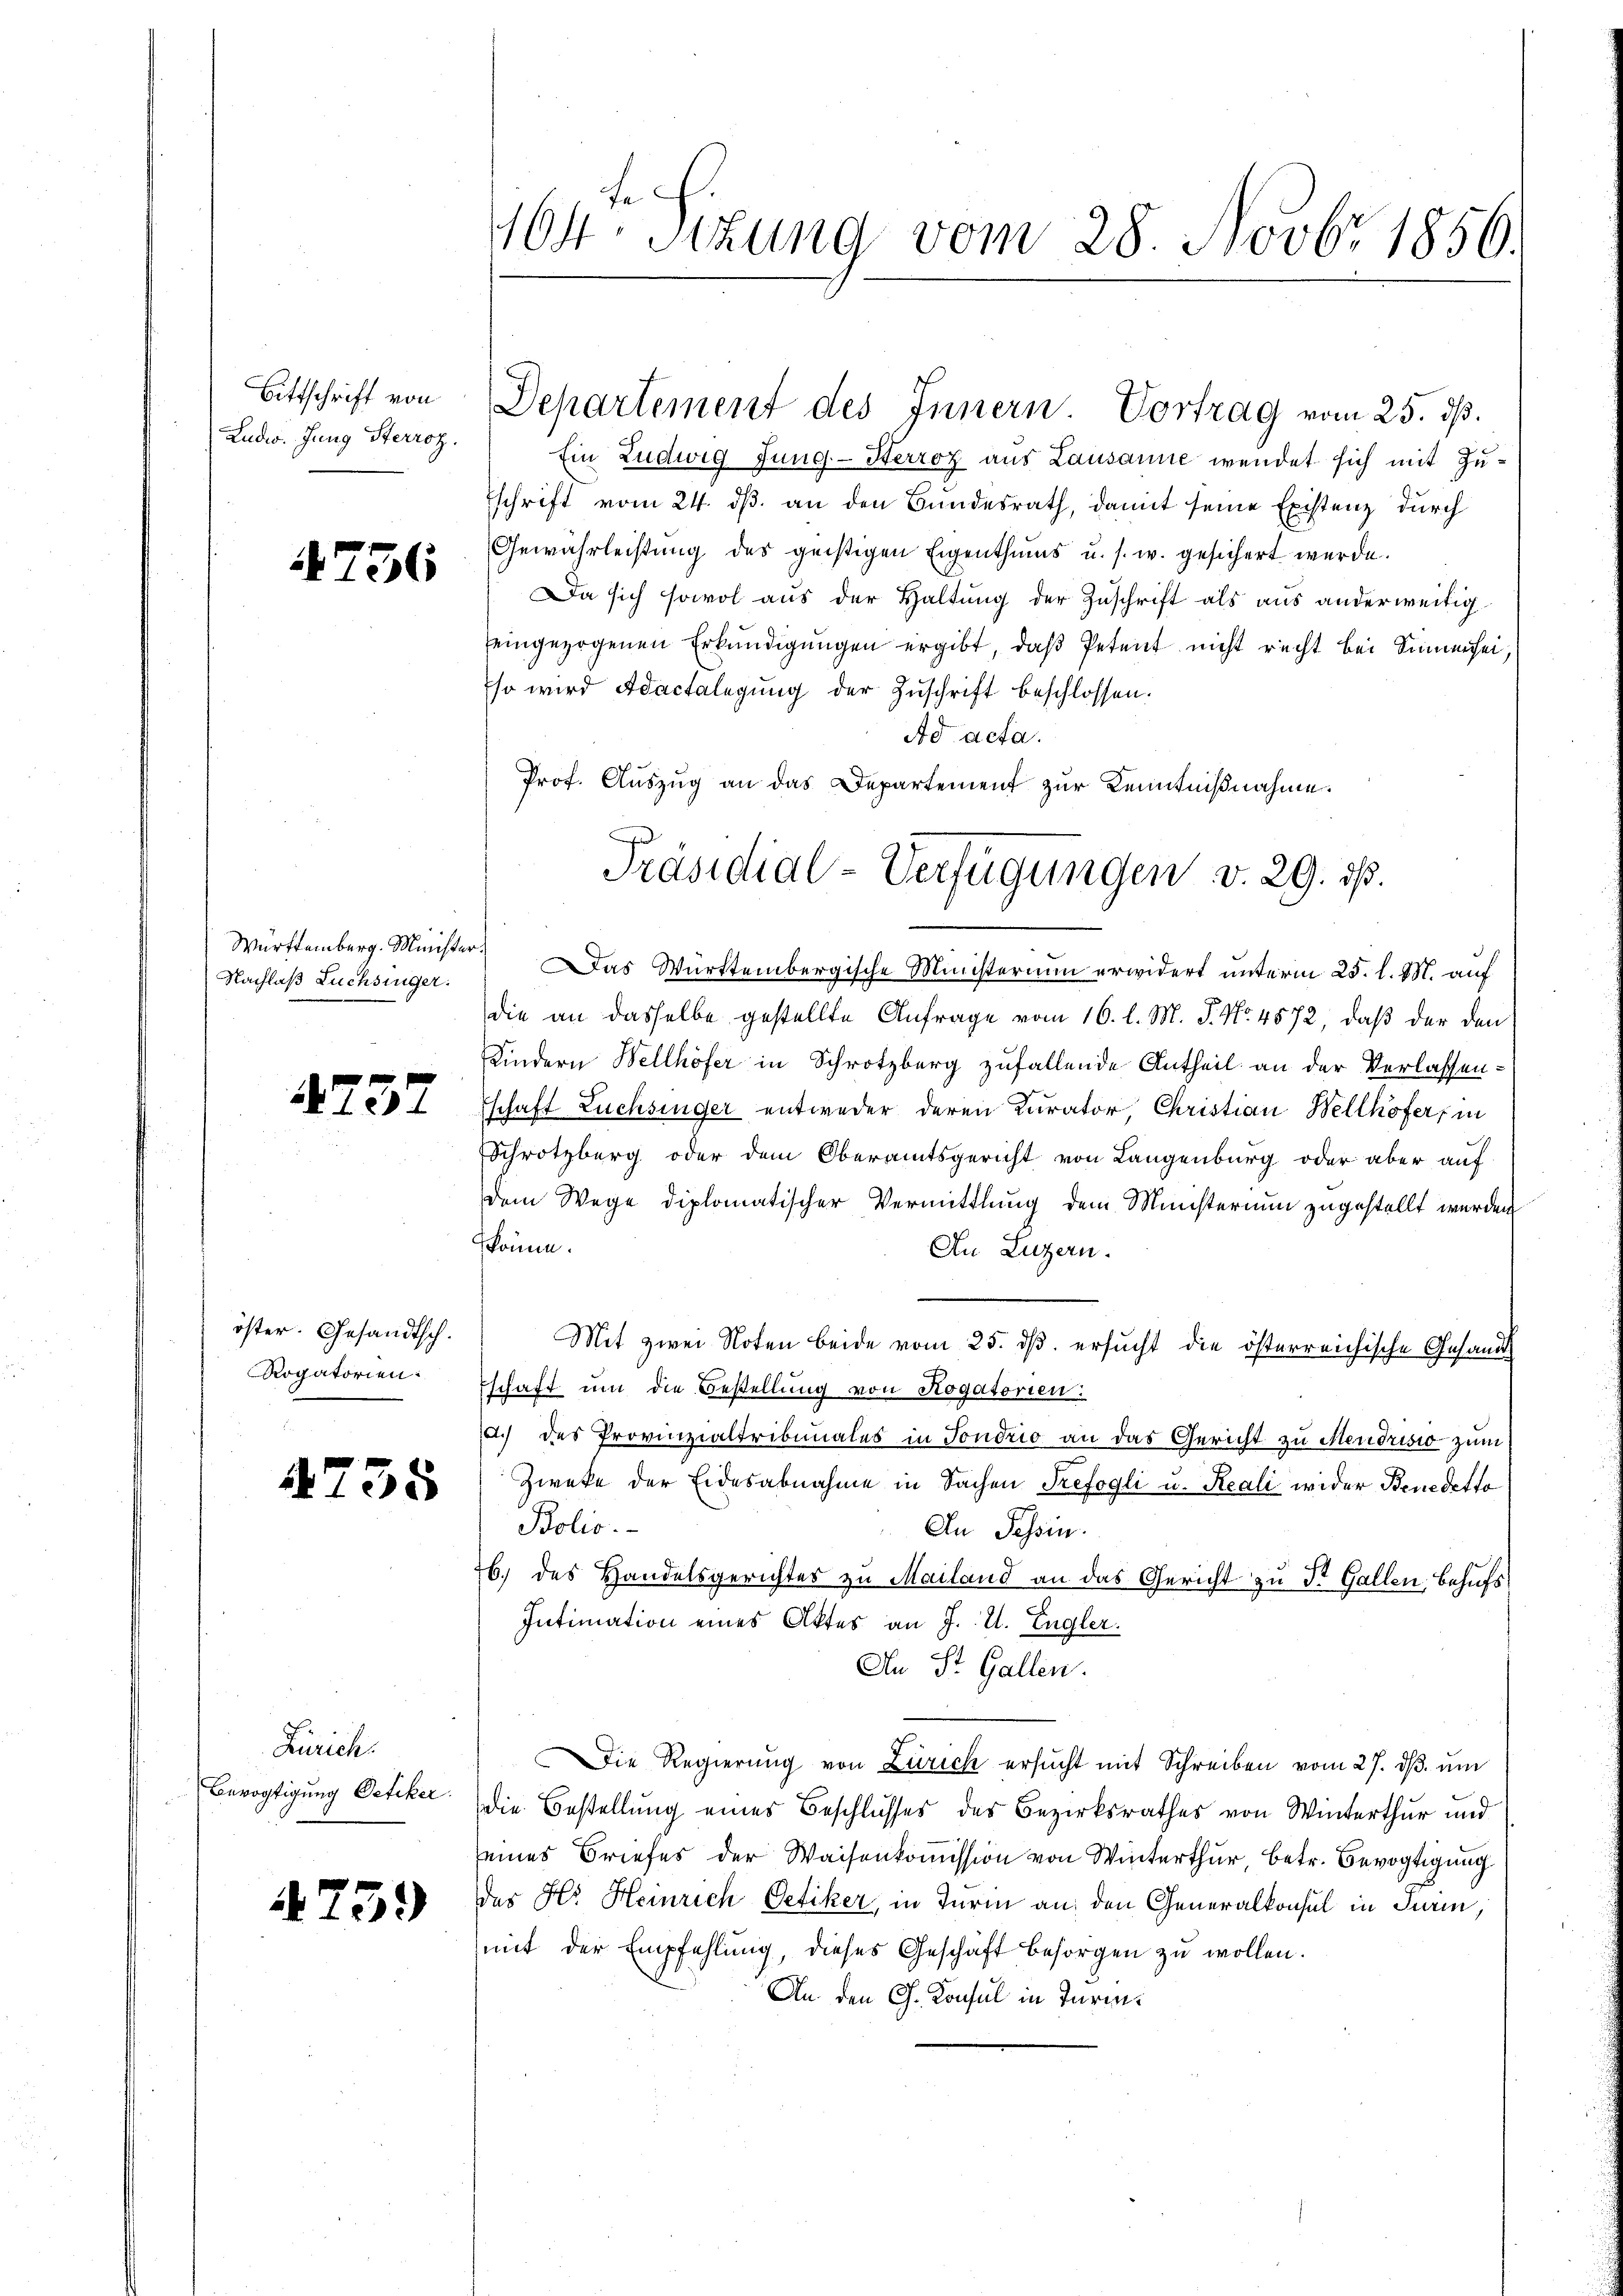
Bittschrift von
Ludw. Jung Sterroz.

736

Nachlaß Luchsinger.

4737

öster. Gesandtsch.
Rogatorien:

4735

Zürich.

4739

164te Sitzung vom 28. Novbr 1856.

Ein Ludwig Jung-Herroz aus Lausanne wendet sich mit Zu¬
Eschrift vom 24. ds. an den Bundesrath, damit seine Existenz durch
Gewährleistung des geistigen Eigenthums u. s. w. gesichert werde.
Da sich sowol aus der Haltung der Zuschrift als aus anderweitigeingezogenen Erkŭndigŭngen ergibt, daβ Petent nicht recht bei Sinnensei,
so wird Adactelegung der Zuschrift beschlossen.
Ad acta.
Prof. Auszug an das Departement zur Kenntnißnahme.
Württemberg. Minister. Das Württembergische Ministerium erwidert unterm 25. l. M. auf
die an dasselbe gestellte Anfrage vom 16. l. M. J. No. 4572, daß der den
Kindern Wellhöfer in Schrotzberg zufallende Antheil an der Verlassen-
schaft Lüchsinger entweder deren Kurator, Christian Wellhöfer in
Schrotzberg oder dem Oberamtsgericht von Langenburg oder aber auf
dem Wege diplomatischer Vermittlung dem Ministerium zugestellt werden
könne.
An Luzern.
Mit zwei Noten beide vom 25. ds. ersucht die österreichische Gesandts
schaft um die Bestellung von Rogatorien:
d.) des Provinzialtribunales in Sondrio an das Gericht zu Mendrisio zum
Zweke der Eidesabnahme in Sachen Trefogli u. Reali wider Benedetto
Polio.
An Schein.
76. des Handelsgerichtes zu Mailand an das Gericht zu St. Gallen, behufs
Intimation eines Aktes an J. U. Engler.
An St. Gallen.
Die Regierŭng von Zürich ersŭcht mit Schreiben vom 27. dβ. ŭm
Bevogtigung Oetiker die Bestellung eines Beschlusses des Bezirksrathes von Winterthur und
eines Briefes der Waisenkommission von Winterthur, betr. Bevogtigung
der Hr. Heinrich Oetiker, in Turin an, den Generalkonsul in Turin,
mit der Empfehlung, dieses Geschäft besorgen zu wollen.
An den Ch. Konsul in Turin¬

Departement des Innern. Vortrag vom 25. ds.

Präsidial-Verfügungen v. 29. ds.